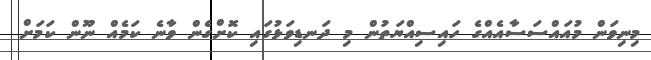
މިނިވަން މުއައްސަސާއެއްގެ ހައިސިއްޔަތުން މި ދަނޑިވަޅުގައި ކޮށްގެން ވާނެ ކަމެއް ނޫން ކަމަށް